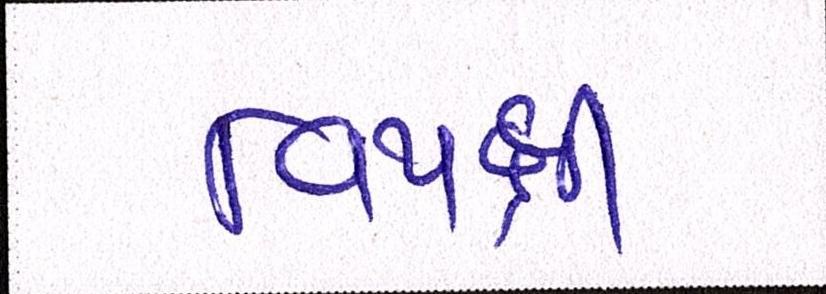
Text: વિપક્ષી